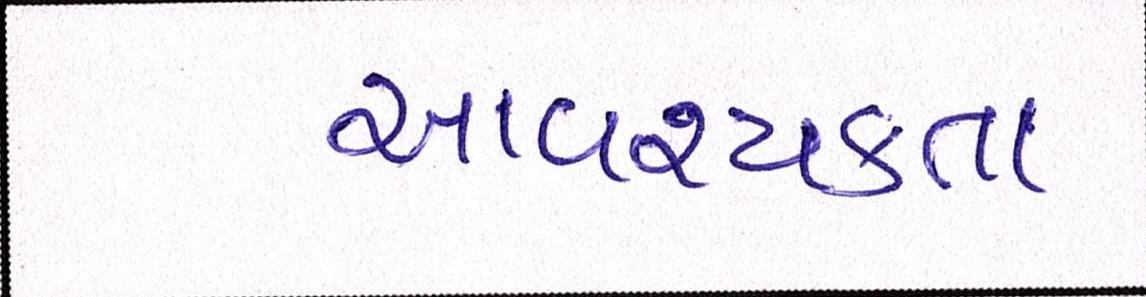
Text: આવશ્યકતા